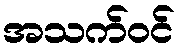
အသက်ဝင်